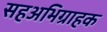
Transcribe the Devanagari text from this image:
सहअभिग्राहक